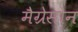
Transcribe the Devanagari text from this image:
मैग्रेसोन